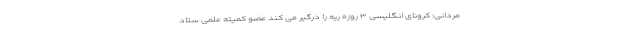
مردانی: کرونای انگلیسی ۳ روزه ریه را درگیر می کند عضو کمیته علمی ستاد